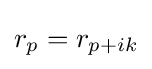
r_{p}=r_{p+ik}